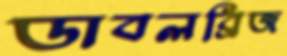
ডাবলব্রিজ